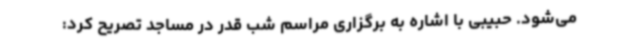
می‌شود. حبیبی با اشاره به برگزاری مراسم شب قدر در مساجد تصریح کرد: